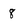
Character: 8